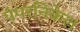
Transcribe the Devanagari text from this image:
पंपरनिकेल